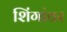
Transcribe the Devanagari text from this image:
शिंगांवर